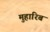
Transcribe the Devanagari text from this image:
मुहारिब